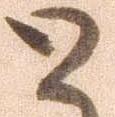
と